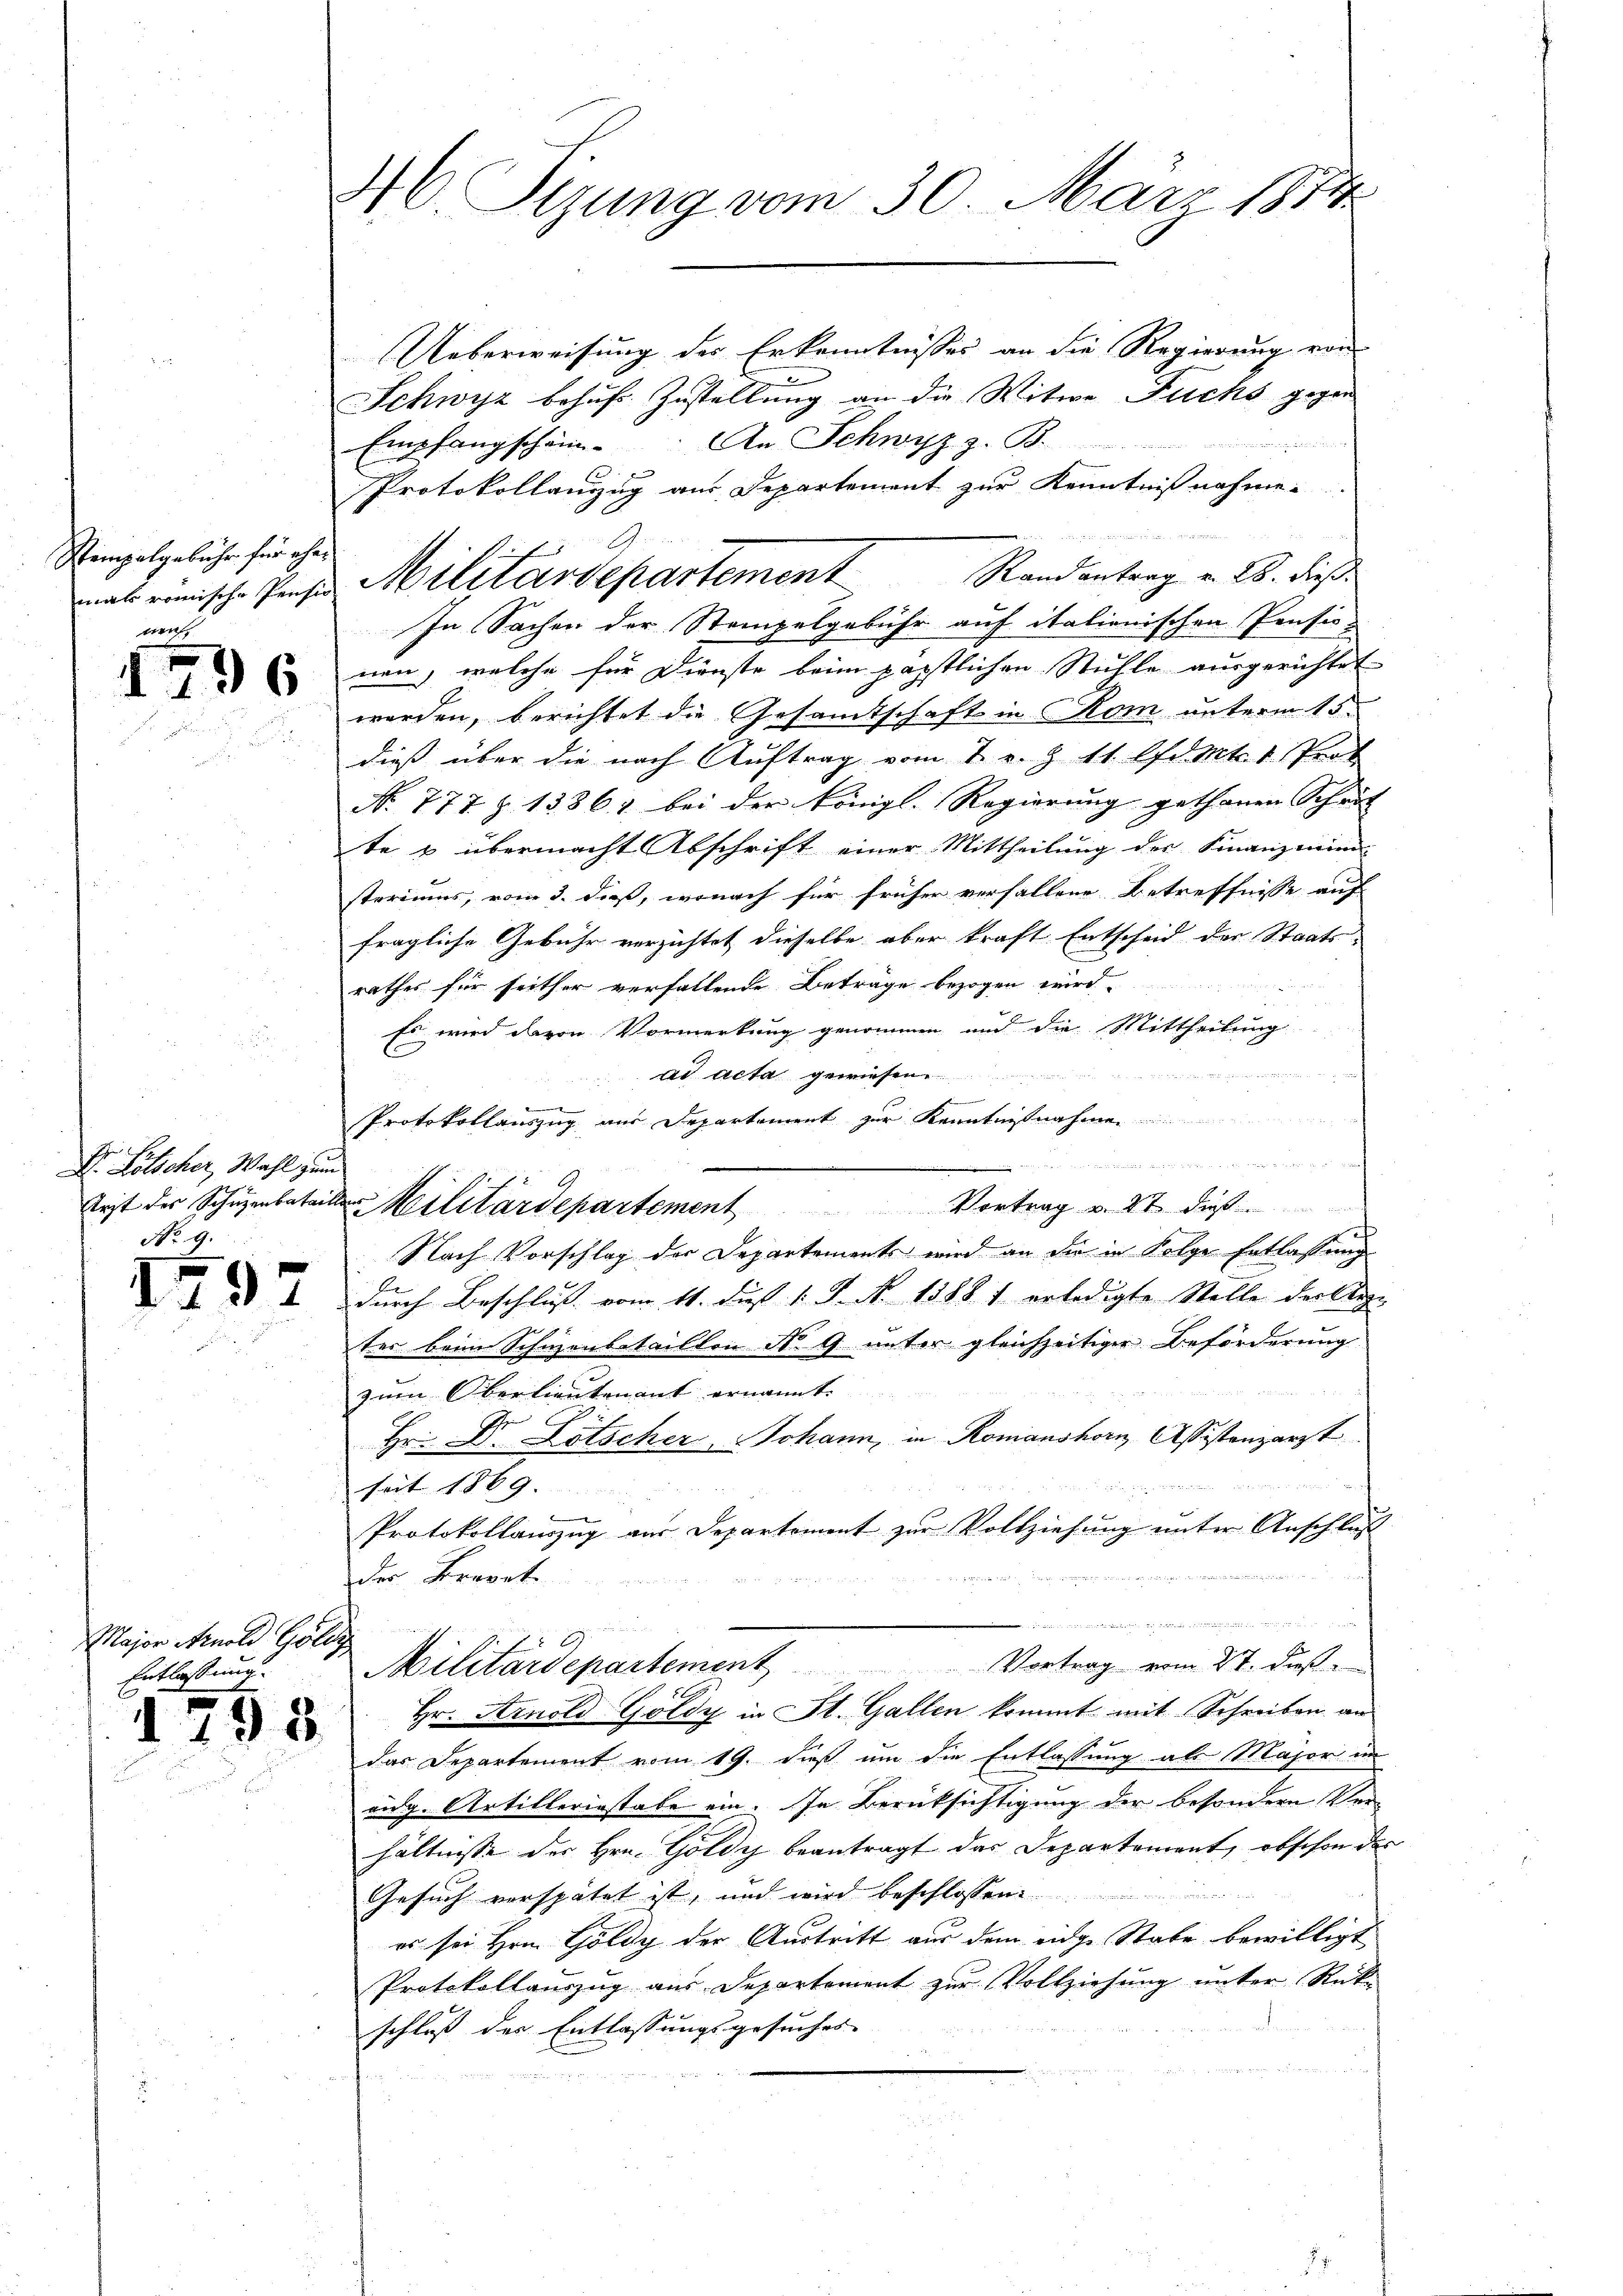
Stempelgebühr für eher
mals römische Pensio
tien

1 x
136

Dr. Lötscher, Wahl zum
No. 9.

1

197

Major Arnold Poliz
Entlassung.

198

M. Sizung vom 30. März 1874

Ueberweisung des Erkenntnisses an die Regierung von
Schwyz behufs Zustellung an die Witwe Fuchs gegen
Empfangschein. An Schwyz z. B.
Protokollanzug aus Departement zur Kenntnißnahmen
Randantrag v. 28. dieß
In Sachen der Stempelgebühr auf italionischen Pensis-
nen, welche für Dienste beim päpstlichen Stühle ausgerichtet.
werden, berichtet die Gesamtschaft in Rom unterm 15.
dieß über die nach Auftrag vom 7. v. Z 11. d. Mt. 1 Trot
No. 777 Z. 13862 bei der königl. Regierung gethanen Schrit
te & übermacht Abschrift einer Mittheilung der Finanzmini
steriums, vom 3. daß, wonach für früher verfallene Betreffnisse auf
fragliche Gebühr verzichtet dieselbe aber kraft Entscheid der Staatsrathes für seither verfallende Betrage bezogen wird
Es wird davon Vormerkung genommen und die Mittheilung
ad acta gewiesen.

F
Protokollauszug aus Departement zur Kenntn

Arzt des Schüzenbataillen Militärdepartement
Vortrag v. 27 dieß
c
Nach Vorschlag der Departements wird an die in Folge Entlassung
durch Beschluß vom 11. daß 1. J. N. 1388 1 erledigte Stelle der Auge
ter beim Schuzenbetaillon No 9 unter gleichzeitiger Beförderung
zum Oberlieutenant ernannt.
Hr. Dr. Lötscher Johann, in Romanshorn, Assistanzarzt
seit 1869.
Protokollauszug aus Departement zur Vollziehung unter Anschluß

der Brevet.

e
Militärdepartement Vortrag vom 2t. dieß
Hr. Arnold Göldy in St. Gallen kommt mit Schreiben an
das Departement vom 19. dieß um die Entlassung als Major in
aug. Artillerinstabe ein. In Berüksichtigung der besondern Verhältnisse der Hrn. Goldy beantragt das Departement, obschon das
Gesuch verspätet ist, und wird beschlossen
es sei Hrn. Goldy der Austritt aus dem eidge Stabe bewilligt
Protokollauszug aus Departement zur Vollziehung unter Rüt
schluß des Entlassungsgesuches

Militärdepartement